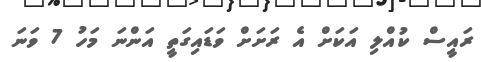
ރައީސް ކުއްލި އަކަށް އެ ރަށަށް ވަޑައިގަތީ އަންނަ މަހު 7 ވަނަ